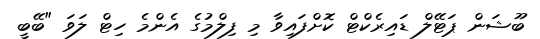
ބޫޝަން ޕަޓޭލް ޑައިރެކްޓް ކޮށްފައިވާ މި ފިލްމުގެ އެންމެ ހިޓް ލަވަ "ބޭބީ